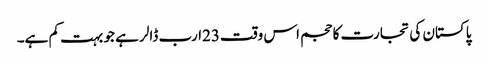
پاکستان کی تجارت کا حجم اس وقت23ارب ڈالر ہے جو بہت کم ہے۔